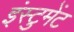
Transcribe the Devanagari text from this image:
इंस्टुमेंट